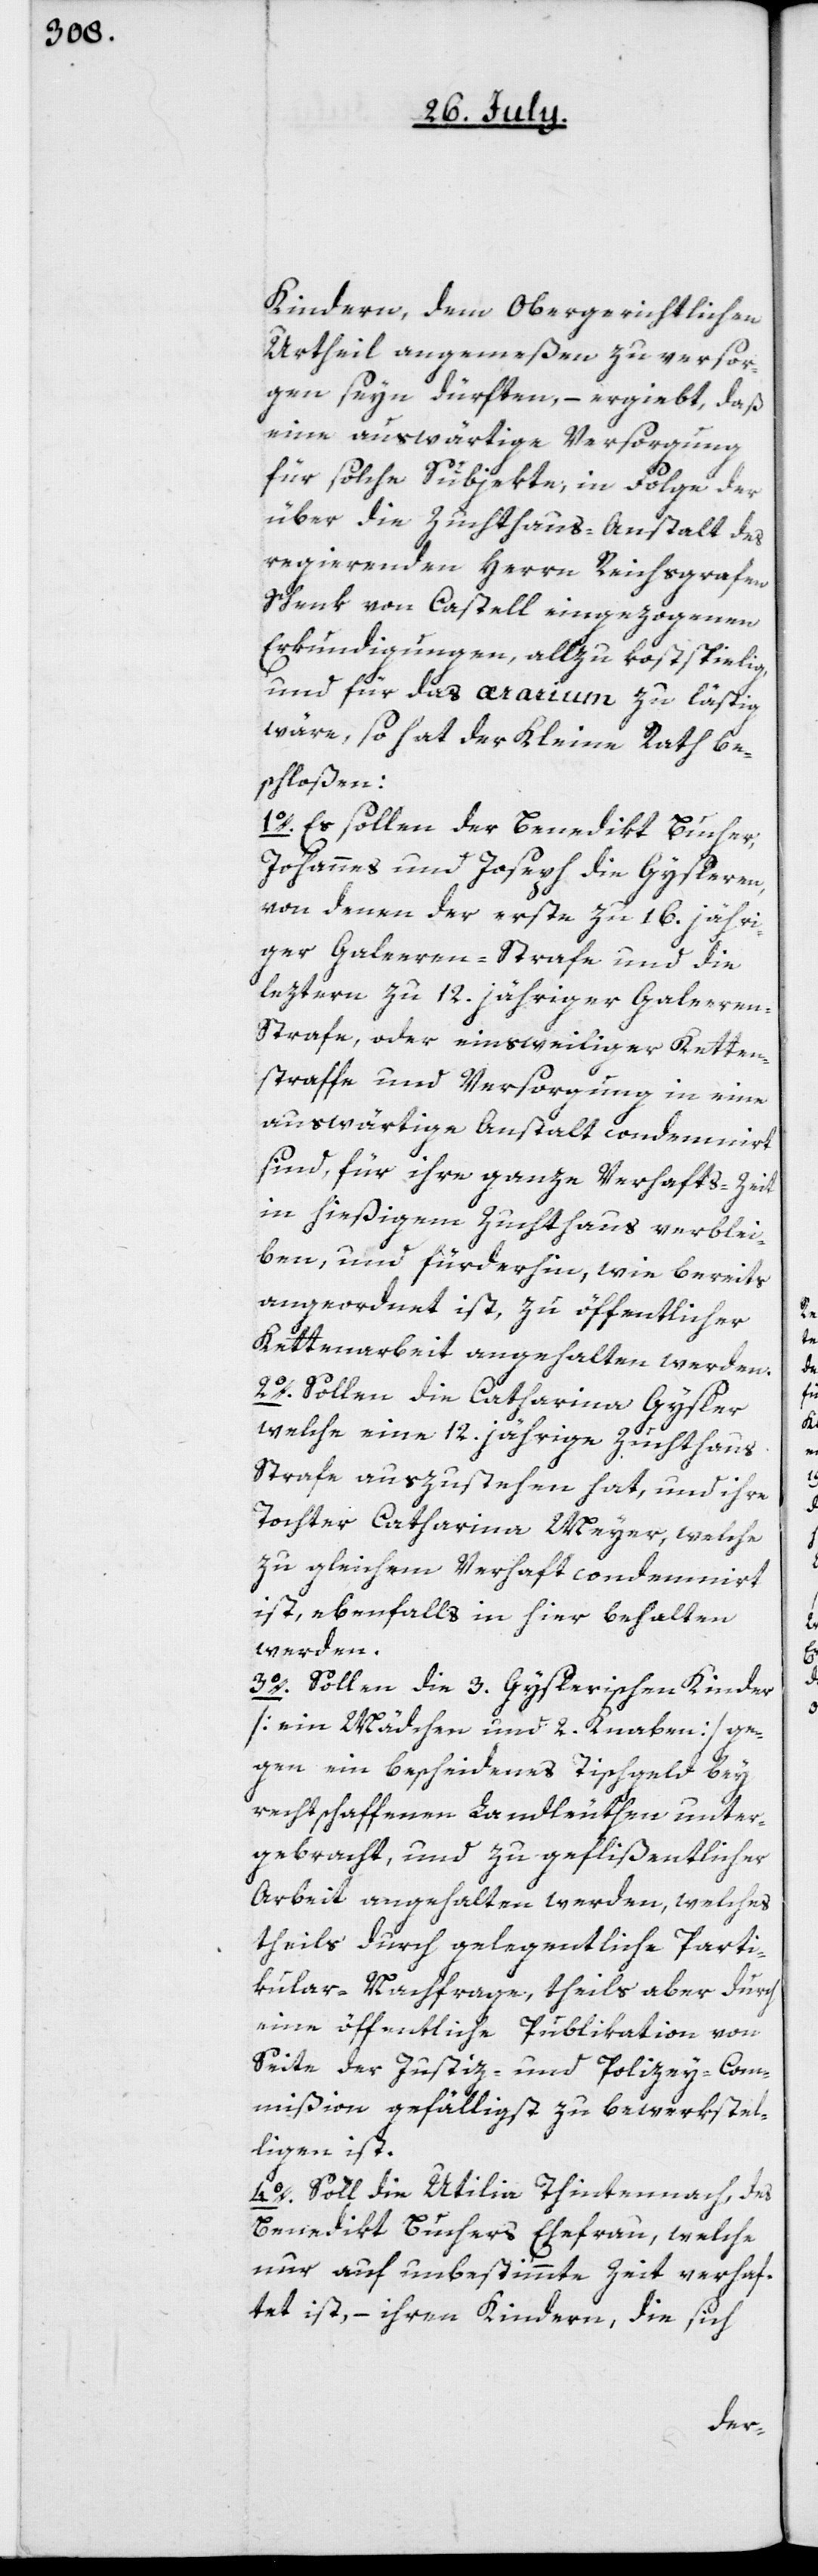
Kindern, dem Obergerichtlichen
Urtheil angemeßen zu versor¬
gen seyn dürften, – ergiebt, daß
eine auswärtige Versorgung
für solche Subjekte, in Folge der
über die Zuchthaus-Anstalt des
regierenden Herrn Reichsgrafen
Schenk von Castell eingezogenen
Erkundigungen, allzu kostspielig,
und für das ærarium zu lästig
wäre, so hat der Kleine Rath be¬
schloßen:
1o. Es sollen der Benedikt Bucher,
Johannes und Joseph die Gysleren,
von denen der erste zu 16. jähri¬
ger Galeeren-Strafe und die
leztern zu 12. jähriger Galeeren¬
straffe, oder einstweiliger Ketten¬
straffe und Versorgung in eine
auswärtige Anstalt condemnirt
sind, für ihre ganze Verhafts-Zeit
in hießigem Zuchthaus verblei¬
ben, und fürderhin, wie bereits
angeordnet ist, zu öffentlicher
Kettenarbeit angehalten werden.
2o. Sollten die Catharina Gysler,
welche eine 12. jährige Zuchthaus
Strafe auszustehen hat, und ihre
Tochter Catharina Meyer, welche
zu gleichem Verhaft condemnirt
ist, ebenfalls in hier behalten
werden.
3o. Sollen die 3. Gyslerischen Kinder
[ein Mädchen und 2. Knaben] ge¬
gen ein bescheidenes Tischgeld bey
rechtschaffenen Landleuthen unter¬
gebracht, und zu geflißentlicher
Arbeit angehalten werden, welches
theils durch gelegentliche Parti¬
kular-Nachfrage, theils aber durch
eine öffentliche Publikation von
Seite der Justiz- und Polizey-Com¬
mißion gefälligst zu bewerkstel¬
ligen ist.
4o. Soll die Utilia Thintenach, des
Benedikt Buchers Ehefrau, welche
nur auf unbestimmte Zeit verhaf¬
tet ist, – ihren Kindern, die sich